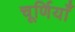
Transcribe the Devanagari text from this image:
चूर्णियाँ